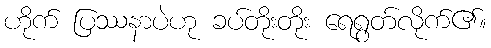
ဟိုက် ပြဿနာပဲဟု ခပ်တိုးတိုး ရေရွတ်လိုက်၏။